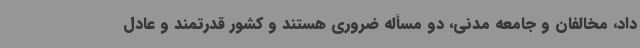
داد، مخالفان و جامعه مدنی، دو مسأله ضروری هستند و کشور قدرتمند و عادل